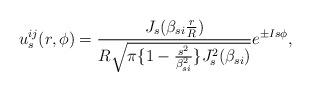
LaTeX: \begin{align*}u_{s}^{ij}(r, \phi) = \frac{J_{s}(\beta_{si}\frac{r}{R})}{R\sqrt{\pi\{1-\frac{s^{2}}{\beta_{si}^{2}}\}J_{s}^{2}(\beta_{si})}}e^{\pm Is\phi},\end{align*}